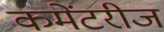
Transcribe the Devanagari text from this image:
कमेंटरीज